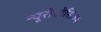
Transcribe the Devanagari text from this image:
न्यूरोटोसिज्म